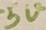
Text: 5V